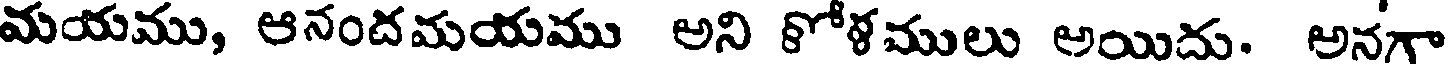
మయము, ఆనందమయము అని కోళములు అయిదు. అనగా